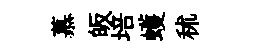
慕皈培蠖秫